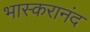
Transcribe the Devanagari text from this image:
भास्‍करानंद